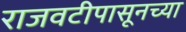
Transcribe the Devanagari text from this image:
राजवटीपासूनच्या